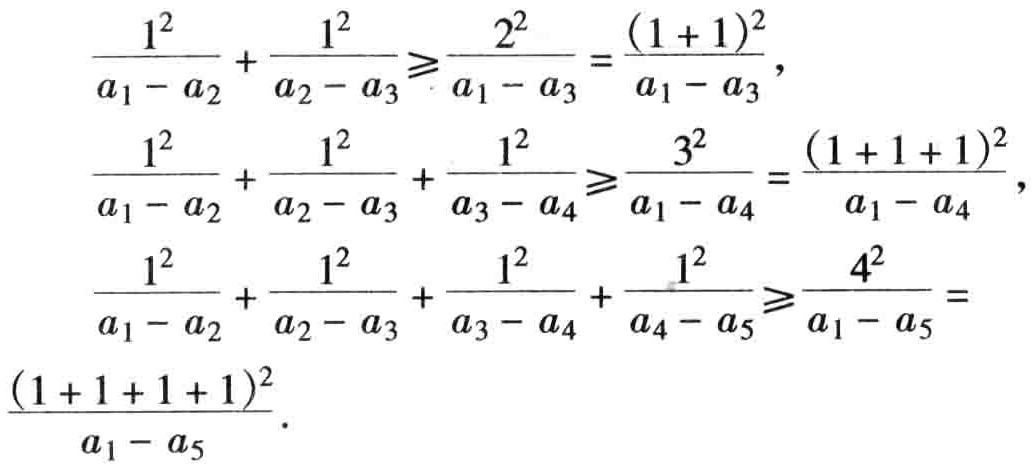
\[

\begin{align*}

\frac{1^{2}}{a_{1}-a_{2}}+\frac{1^{2}}{a_{2}-a_{3}}&\geqslant\frac{2^{2}}{a_{1}-a_{3}}=\frac{(1 + 1)^{2}}{a_{1}-a_{3}},\\

\frac{1^{2}}{a_{1}-a_{2}}+\frac{1^{2}}{a_{2}-a_{3}}+\frac{1^{2}}{a_{3}-a_{4}}&\geqslant\frac{3^{2}}{a_{1}-a_{4}}=\frac{(1 + 1+1)^{2}}{a_{1}-a_{4}},\\

\frac{1^{2}}{a_{1}-a_{2}}+\frac{1^{2}}{a_{2}-a_{3}}+\frac{1^{2}}{a_{3}-a_{4}}+\frac{1^{2}}{a_{4}-a_{5}}&\geqslant\frac{4^{2}}{a_{1}-a_{5}}=\frac{(1 + 1+1+1)^{2}}{a_{1}-a_{5}}.

\end{align*}

\]